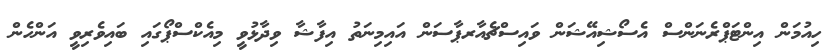
ހިއުމަން އިންޓަޕްރެނަންސް އެސޯޝިއޭޝަން ވައިސްޗެއާރޕާސަން އައިމިނަތު އިފާޝާ ވިދާޅުވީ މިއެކްސްޕޯގައި ބައިވެރިވީ އަންހެން